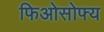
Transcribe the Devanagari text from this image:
फिओसोफ्य